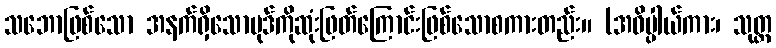
သဘောဖြစ်သော အနက်ရှိသောပုဒ်ကိုဆုံးဖြတ်ကြောင်းဖြစ်သောစကားတည်း။ (အဓိပ္ပါယ်ကား၊ သုတ္တ